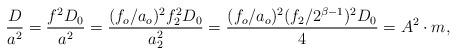
LaTeX: \begin{align*}\frac{D}{a^2} = \frac{f^2 D_0}{a^2} = \frac{(f_o/a_o)^2 f_2^2 D_0}{a_2^2} = \frac{(f_o/a_o)^2 (f_2/ 2^{\beta -1})^2 D_0}{4} = A^2 \cdot m,\end{align*}